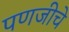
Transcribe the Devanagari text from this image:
पणजीचे